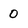
Character: 0